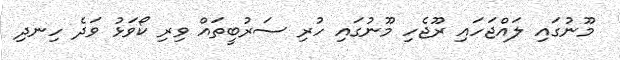
މޫނުގައި ލައްޖަހައި ރޫޖެހި މޫނުގައި ހުރި ސަރުބީތައް ވިރި ކޯވަޅު ވަދެ ހިނދި